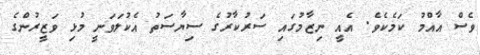
ވެސް އާއްމު ކަމެކެވެ. އެއީ ނިޒާމުގައި ސަރުކާރުގެ ސިޔާސަތު އެކުލަވަނީ މުޅި ވަޒީރުންގެ